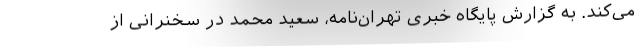
می‌کند. به گزارش پایگاه خبری تهران‌نامه، سعید محمد در سخنرانی از